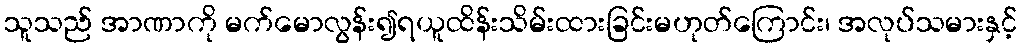
သူသည် အာဏာကို မက်မောလွန်း၍ရယူထိန်းသိမ်းထားခြင်းမဟုတ်ကြောင်း၊ အလုပ်သမားနှင့်